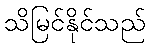
သိမြင်နိုင်သည်